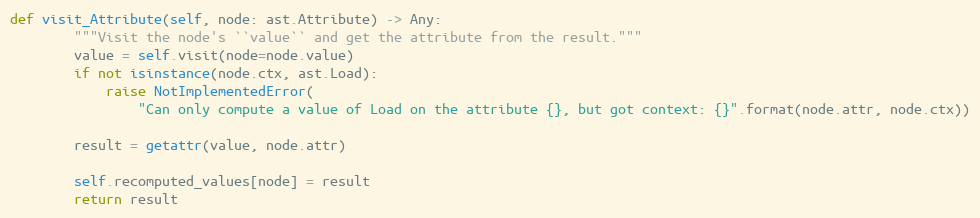
Language: Python
def visit_Attribute(self, node: ast.Attribute) -> Any:
        """Visit the node's ``value`` and get the attribute from the result."""
        value = self.visit(node=node.value)
        if not isinstance(node.ctx, ast.Load):
            raise NotImplementedError(
                "Can only compute a value of Load on the attribute {}, but got context: {}".format(node.attr, node.ctx))

        result = getattr(value, node.attr)

        self.recomputed_values[node] = result
        return result